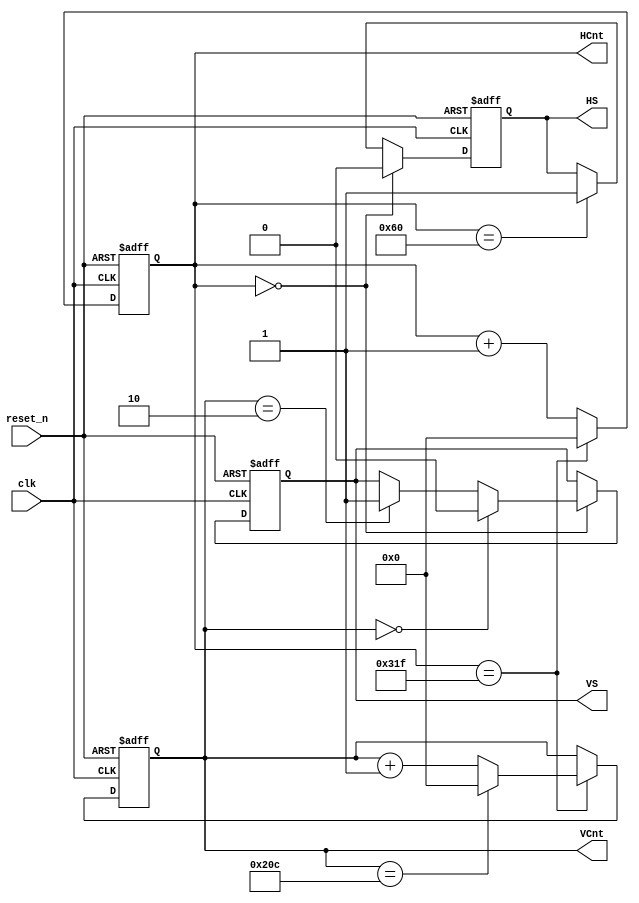
/* @brief
 * @input  
 * @output
 * @remark  
 */
module vga_timing(
	//Clock and reset
	clk,
	reset_n,
	//VGA timing output
	HS,
	VS,
	HCnt,
	VCnt
);
/* PORT declarations
 */
//Clock and reset
input          clk;
input          reset_n;
//VGA timing output
output         HS;
output         VS;
output [ 9: 0] HCnt;
output [ 9: 0] VCnt;

/* Parameters definition
 */
//VGA timing (640 * 480)
`define VGA_H_TOTAL      800 //pixels
`define VGA_H_SYNC       96

`define VGA_V_TOTAL      525 //lines
`define VGA_V_SYNC       2

/* REG/WIRE declarations
 */
reg         HS;
reg         VS;
reg [ 9: 0] HCnt;
reg [ 9: 0] VCnt;

/* LOGIC Descriptions
 */
//Horizontal timing
always @(posedge clk or negedge reset_n)
	if(!reset_n) HCnt <= 0;
	else begin
		if(HCnt == `VGA_H_TOTAL - 1) HCnt <= 0;
		else HCnt <= HCnt + 1;
	end

always @(posedge clk or negedge reset_n)
	if(!reset_n) HS <= 1;
	else if(HCnt == 0) HS <= 0;
	else if(HCnt == `VGA_H_SYNC) HS <= 1;
	
//Vertical timing
always @(posedge clk or negedge reset_n)
	if(!reset_n) VCnt <= 0;
	else if(HCnt == `VGA_H_TOTAL - 1) begin
		if(VCnt == `VGA_V_TOTAL - 1) VCnt <= 0;
		else VCnt <= VCnt + 1;
	end
	
always @(posedge clk or negedge reset_n)
	if(!reset_n) VS <= 1;
	else if(HCnt == 0) begin
		if(VCnt == 0) VS <= 0;
		else if(VCnt == `VGA_V_SYNC) VS <= 1;
	end

endmodule //vga_timing